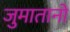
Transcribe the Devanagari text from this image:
जुमातानो